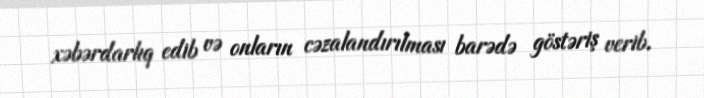
xəbərdarlıq edib və onların cəzalandırılması barədə göstəriş verib.